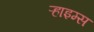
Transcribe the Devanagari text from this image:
ऱ्हाइम्स